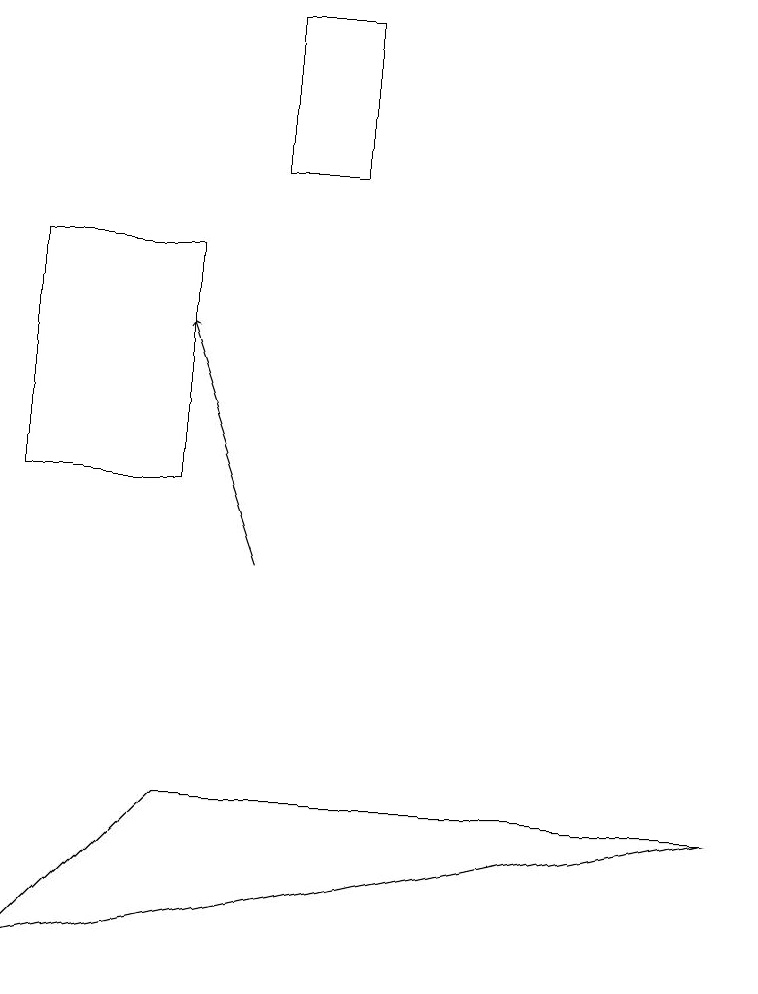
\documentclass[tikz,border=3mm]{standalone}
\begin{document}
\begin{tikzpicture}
\draw (0,15) rectangle (2,12);
\draw[->] (3,11) -- (2,14);
\draw (3,18) rectangle (4,16);
\draw (0,6) -- (9,8) -- (2,8) -- cycle;
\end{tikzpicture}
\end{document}